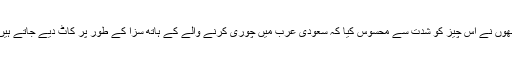
انھوں نے اس چیز کو شدت سے محسوس کیا کہ سعودی عرب میں چوری کرنے والے کے ہاتھ سزا کے طور پر کاٹ دیے جاتے ہیں۔